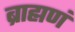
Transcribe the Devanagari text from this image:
ब्राह्मणं